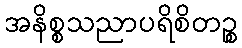
အနိစ္စသညာပရိစိတဉ္စ